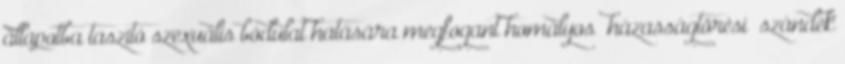
állapotba taszító szexuális bódulat hatására megfogant homályos “házasságtörési” szándék